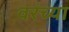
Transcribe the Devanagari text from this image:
वरंच्या